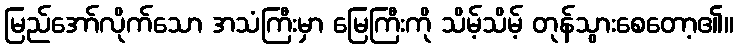
မြည်အော်လိုက်သော အသံကြီးမှာ မြေကြီးကို သိမ့်သိမ့် တုန်သွားစေတော့၏။